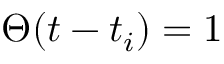
\Theta ( t - t _ { i } ) = 1